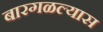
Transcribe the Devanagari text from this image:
बारगळल्यास